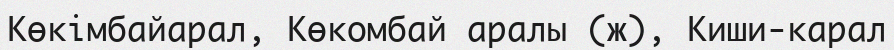
Көкімбайарал, Көкомбай аралы (ж), Киши-карал